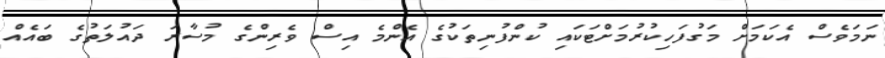
ނަމަވެސް އެކަމަށް މަގުފަހިކުރުމަށްޓަކައި ކުންފުނިތަކުގެ އެންމެ އިސް ވެރިންގެ މުސާރަ ދައުލަތުގެ ބައެއް